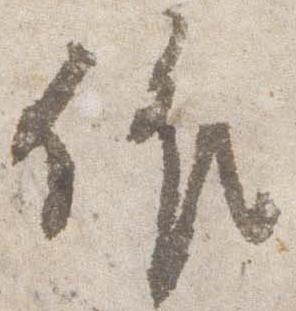
依